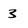
Character: 3